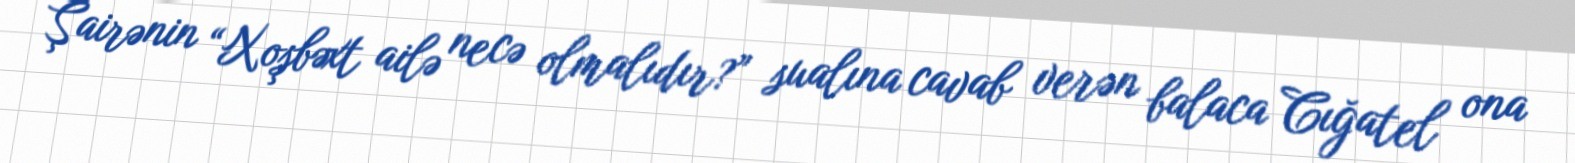
Şairənin “Xoşbəxt ailə necə olmalıdır?” sualına cavab verən balaca Cığatel ona